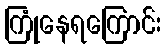
ကြုံနေရကြောင်း